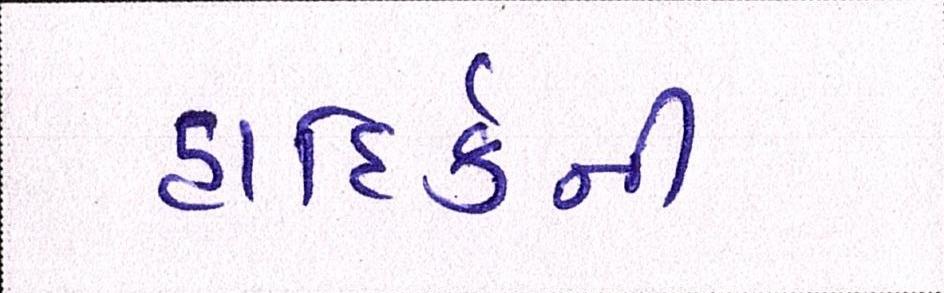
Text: હાદિર્કની